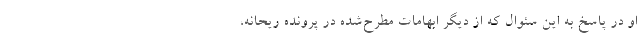
او در پاسخ به این سئوال که از دیگر ابهامات مطرح‌شده در پرونده ریحانه،